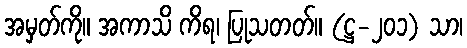
အမှတ်ကို။ အကာသိ ကိရ၊ ပြုသတတ်။ (ဋ္ဌ-၂၀၁) သာ၊